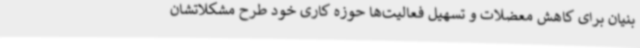
بنیان برای کاهش معضلات و تسهیل فعالیت‌ها حوزه کاری خود طرح مشکلاتشان